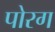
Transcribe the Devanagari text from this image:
पोरग